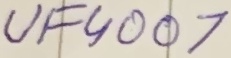
Text: UF4007